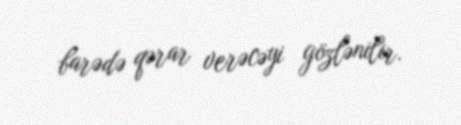
barədə qərar verəcəyi gözlənilir.